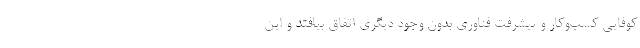
کوفایی کسب‌و‌کار و پیشرفت فناوری بدون وجود دیگری اتفاق بیافتد و این